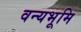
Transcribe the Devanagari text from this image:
वन्यभूमि